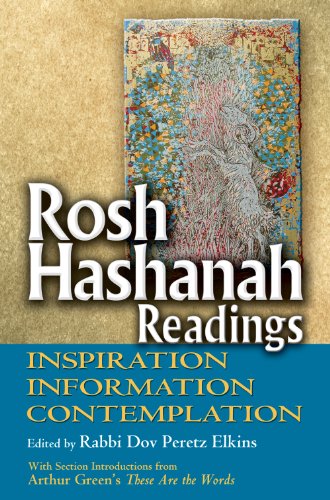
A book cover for Rosh Hashanah Readings: Inspiration, Information and Contemplation; Religion & Spirituality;